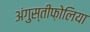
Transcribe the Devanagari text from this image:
अंगुस्तीफ़ोलिया